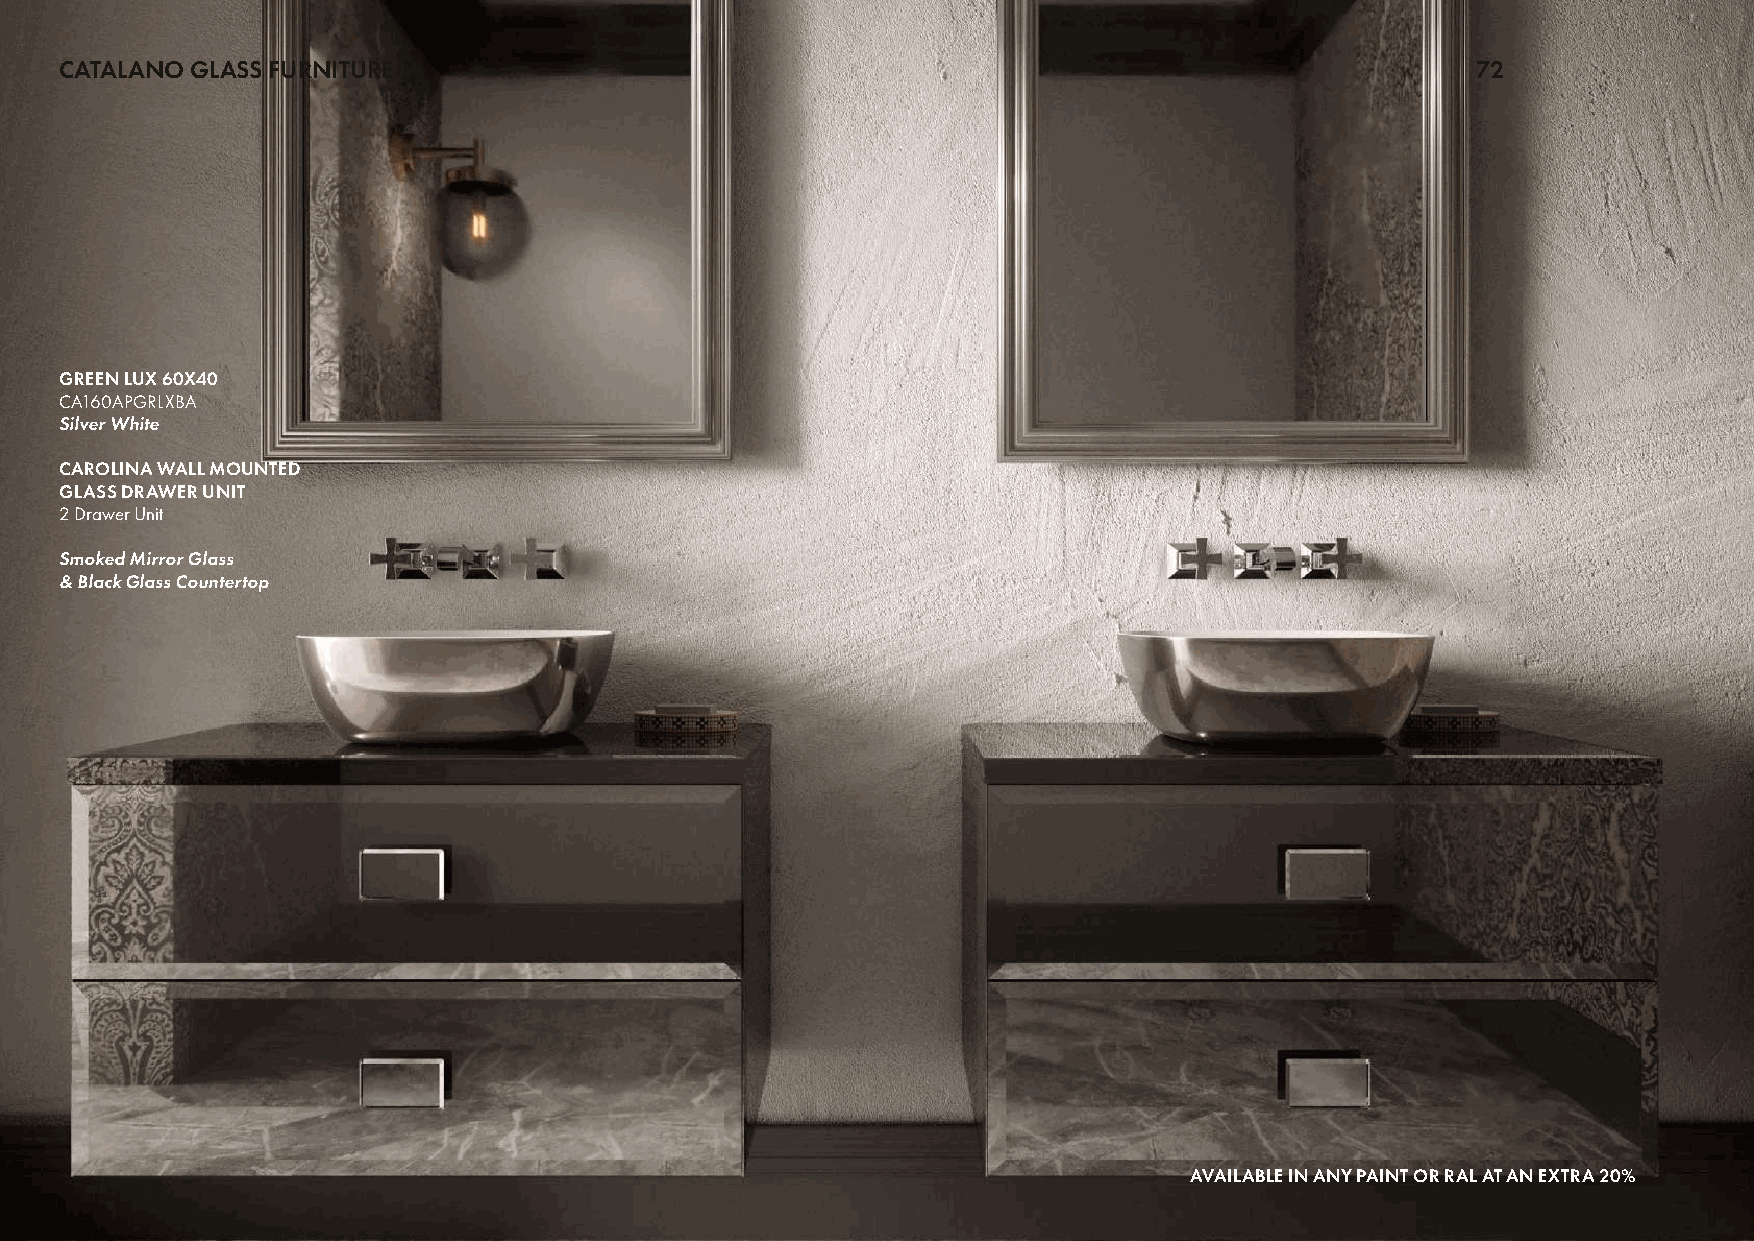
CATALANO GLASS FURNITURE                                                                      72
 GREEN LUX 60X40
 CA160APGRLXBA
 Silver White
 CAROLINA WALL MOUNTED
 GLASS DRAWER UNIT
 2 Drawer Unit
 Smoked Mirror Glass
 & Black Glass Countertop
 AVAILABLE IN ANY PAINT OR RAL AT AN EXTRA 20%